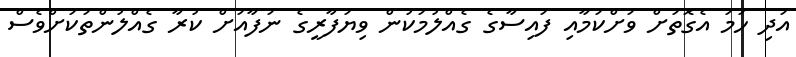
އަދި ހަމަ އެގޮތަށް ވަށްކަމާއި ފައިސާގެ ގެއްލުމަކުން ވިޔަފާރީގެ ނަފާއަށް ކުރާ ގެއްލުންތަކަށްވެސް